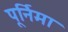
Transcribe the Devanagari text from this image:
पूर्निमा